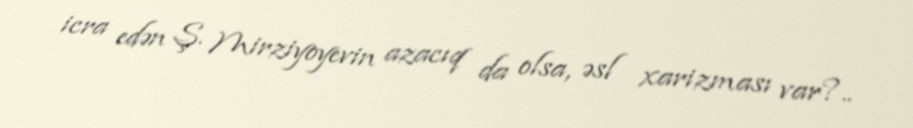
icra edən Ş. Mirziyoyevin azacıq da olsa, əsl xarizması var?..